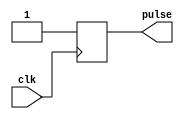
module rising_edge_pulse_generator (
    input wire clk,
    output reg pulse
);

always @(posedge clk) begin
    pulse <= 1'b0;
    #1 pulse <= 1'b1;
end

endmodule